Senior Leaving Certificate Examination (including Day School Certificate (Higher) General paper), 1946
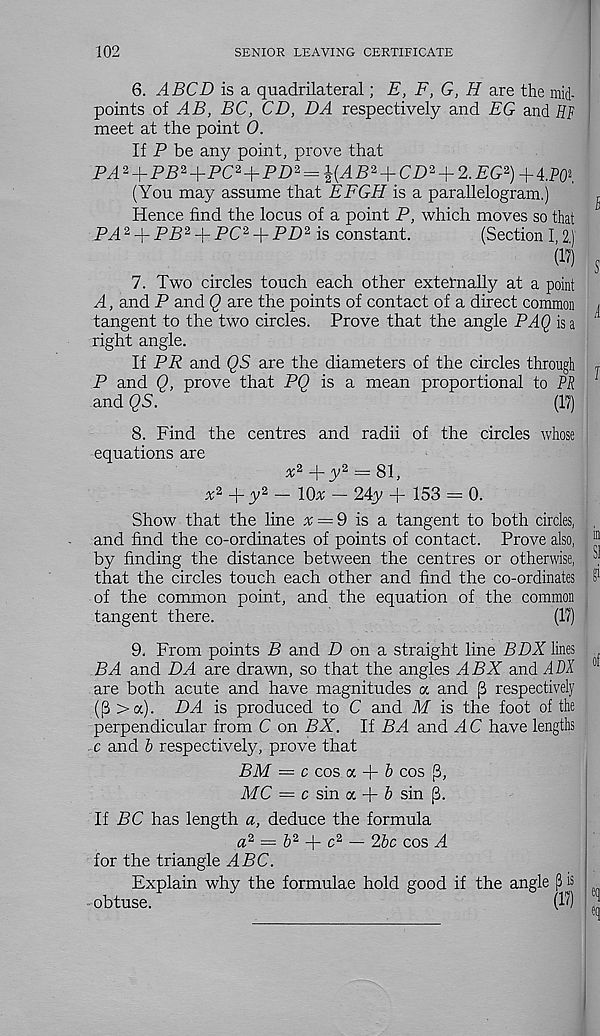
102
SENIOR LEAVING CERTIFICATE
6. ABCD is a quadrilateral; E, F, G, H are the mid-
points of AB, BC, CD, DA respectively and EG and #1?
meet at the point 0.
If P be any point, prove that
P^ 2 + PP 2 +PC 2 + PP> 2 =
P 2 + CP 2 + 2. PG 2 ) + 4.P0 2 ,
(You may assume that EFGH is a parallelogram.)
^
Hence find the locus of a point P, which moves so that
PA 2 + PP 2 + PC 2 + PD 2 is constant.
(Section I 2)
m s
7. Two circles touch each other externally at a point
A, and P and <2 are the points of contact of a direct common <
tangent to the two circles. Prove that the angle PAQ is a
right angle.
If PP and QS are the diameters of the circles through T
P and <2, prove that P<2 is a mean proportional to PR
and (XS.
(17)
8. Find the centres and radii of the circles whose
equations are
x 2 -j-y 2 = 81,
x 2 +y 2 - lOx - 24y + 153 = 0.
Show that the line x = 9 is a tangent to both cirdes,
and find the co-ordinates of points of contact. Prove also, “j
by finding the distance between the centres or otherwise, “
that the circles touch each other and find the co-ordinates P
of the common point, and the equation of the common
tangent there.
(17)
9. From points P and P on a straight line BDX lines
BA and DA are drawn, so that the angles ABX and ADX
are both acute and have magnitudes a and (3 respectively
(^ >a). DA is produced to C and M is the foot of the
perpendicular from C on BX. If BA and AC have lengths
c and 6 respectively, prove that
BM = c cos a
b cos J3,
MC — c sin a + & sin [3.
If PC has length a, deduce the formula
a 2 = b 2 p c 2 — 2bc cos A
for the triangle ABC.
Explain why the formulae hold good if
obtuse.
the angle [3 is
(1?)